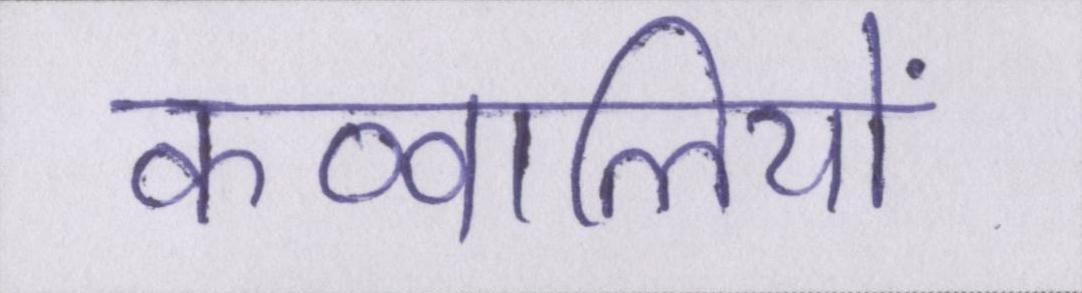
कव्वालियों